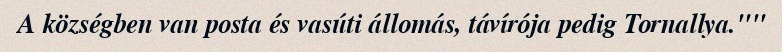
A községben van posta és vasúti állomás, távírója pedig Tornallya.""